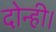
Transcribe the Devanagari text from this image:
दोन्ही।